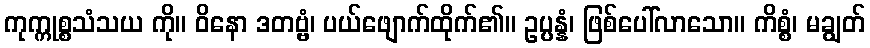
ကုက္ကုစ္စသံသယ ကို။ ဝိနော ဒတဗ္ဗံ၊ ပယ်ဖျောက်ထိုက်၏။ ဥပ္ပန္နံ၊ ဖြစ်ပေါ်လာသော။ ကိစ္စံ၊ မချွတ်